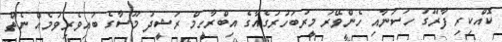
ކޮއްކިރި ފާރޫގު ހަސަނާއި ހެންވޭރު މީރުބަހުރުގެއާގެ އިބްރާހީމް ރަޝީދު މޫސާގެ ބައިވެރިވުމެއް ނެތް